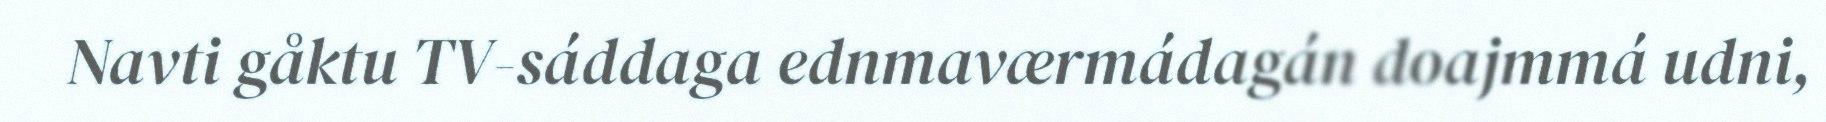
Navti gåktu TV-sáddaga ednmaværmádagán doajmmá udni,